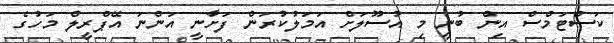
ކަސްޓަމްސް އިން ބުނީ މި އުސޫލަށް އަމަލުކުރަން ފަށާނީ އަންނަ އޭޕްރީލް މަހުގެ